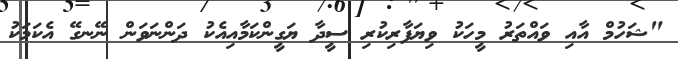
"ޝަހުމް އާއި ވައްތަރު މީހަކު ވިޔަފާރިކުރި ސީދާ ޔަގީންކަމާއިއެކު ދަންނަވަން ނޭނގޭ އެކަމަކު